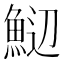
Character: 𬵑